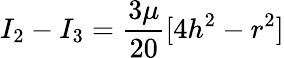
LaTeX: I_{2}-I_{3}=\frac{3\mu}{20}[4h^{2}-r^{2}]